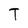
Character: T